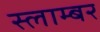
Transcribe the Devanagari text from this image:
स्लाम्बर